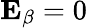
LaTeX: \mathbf{E}_{\beta}=0